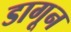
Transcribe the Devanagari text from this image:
डागून